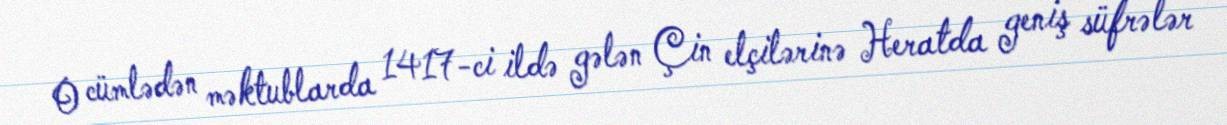
O cümlədən məktublarda 1417-ci ildə gələn Çin elçilərinə Heratda geniş süfrələr